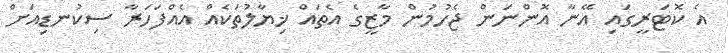
އެ ކޮޓަރީގައި އޭނާ އޮންނަން ޖެހުމުން މާޒީގެ އެތައް ޚިޔާލުތަކެއް އެއްފަހަރާ ސިކުނޑިއަށް